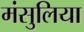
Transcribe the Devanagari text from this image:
मंसुलिया